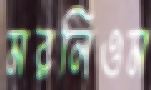
মরলিওম